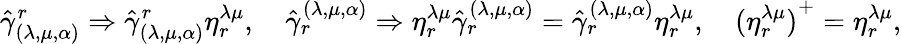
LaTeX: {\hat{\gamma}}_{(\lambda,\mu,\alpha)}^{r}\Rightarrow{\hat{\gamma}}_{(\lambda,\mu,\alpha)}^{r}\eta_{r}^{\lambda\mu},\quad{\hat{\gamma}}_{r}^{(\lambda,\mu,\alpha)}\Rightarrow\eta_{r}^{\lambda\mu}{\hat{\gamma}}_{r}^{(\lambda,\mu,\alpha)}={\hat{\gamma}}_{r}^{(\lambda,\mu,\alpha)}\eta_{r}^{\lambda\mu},\quad{(\eta_{r}^{\lambda\mu})}^{+}=\eta_{r}^{\lambda\mu},